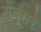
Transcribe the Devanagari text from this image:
संवसरे